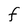
Character: A